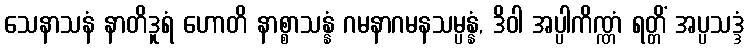
သေနာသနံ နာတိဒူရံ ဟောတိ နာစ္စာသန္နံ ဂမနာဂမနသမ္ပန္နံ, ဒိဝါ အပ္ပါကိဏ္ဏံ ရတ္တိံ အပ္ပသဒ္ဒံ